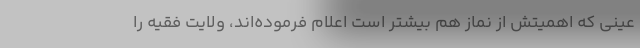
عینی که اهمیتش از نماز هم بیشتر است اعلام فرموده‌اند، ولایت فقیه را